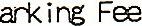
PARKING FEE